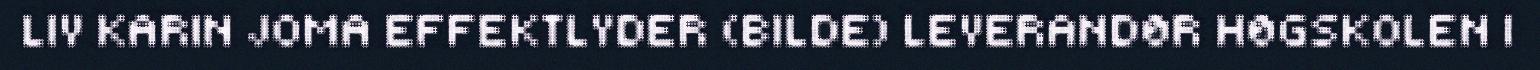
LIV KARIN JOMA EFFEKTLYDER (BILDE) LEVERANDØR HØGSKOLEN I